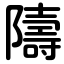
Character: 隯